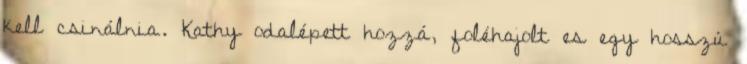
kell csinálnia. Kathy odalépett hozzá, foléhajolt es egy hosszú